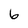
Character: 6